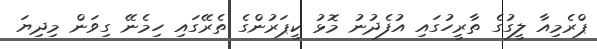
ޕްރެމިއާ ލީގުގެ ތާރީހުގައި އުފެދުނު މޮޅު ކީޕަރުންގެ ތެރޭގައި ހިމެނޭ ގިވަން މިދިޔަ